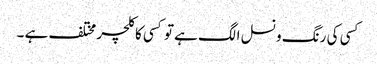
کسی کی رنگ و نسل الگ ہے تو کسی کا کلچر مختلف ہے ۔